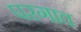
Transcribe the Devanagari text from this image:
परगाव